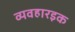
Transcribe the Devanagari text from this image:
व्यवहारइक